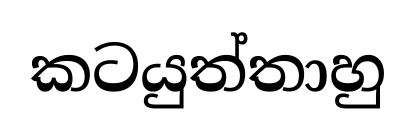
කටයුත්තාහු